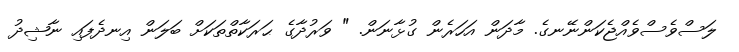
ލަސްވެސްވެއްޖެކަންނޭނގެ. މާދަން އަހަރެން ގުޅާނަން. " ވަރުދާގެ ޙަރަކާތްތަކަށް ބަލަން އިނދެފައި ނާޝިދު